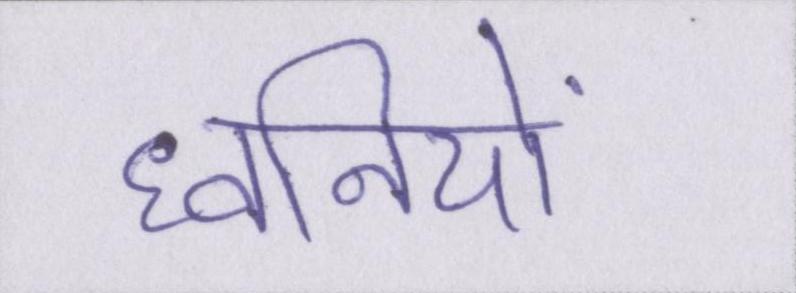
ध्वनियों